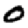
Digit: 0